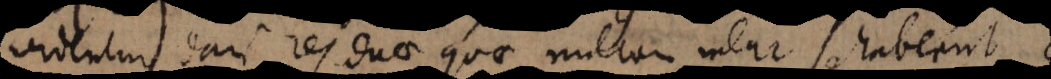
videntur dari res duae quae nullam inter se habeant